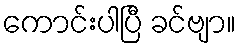
ကောင်းပါပြီ ခင်ဗျာ။